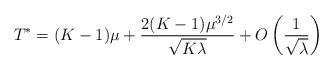
LaTeX: \begin{align*}T^*=(K-1)\mu+\frac{2(K-1)\mu^{3/2}}{\sqrt{K\lambda}}+O\left(\frac{1}{\sqrt{\lambda}}\right)\end{align*}